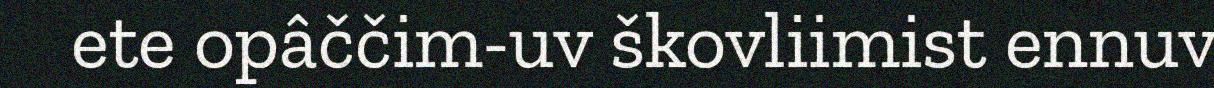
ete opâččim-uv škovliimist ennuv